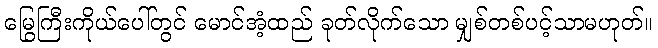
မြွေကြီးကိုယ်ပေါ်တွင် မောင်အံ့ထည် ခုတ်လိုက်သော မျှစ်တစ်ပင့်သာမဟုတ်။